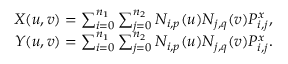
\begin{array} { r } { X ( u , v ) = \sum _ { i = 0 } ^ { n _ { 1 } } \sum _ { j = 0 } ^ { n _ { 2 } } N _ { i , p } ( u ) N _ { j , q } ( v ) P _ { i , j } ^ { x } , } \\ { Y ( u , v ) = \sum _ { i = 0 } ^ { n _ { 1 } } \sum _ { j = 0 } ^ { n _ { 2 } } N _ { i , p } ( u ) N _ { j , q } ( v ) P _ { i , j } ^ { x } . } \end{array}